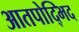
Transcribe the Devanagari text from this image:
आतपोद्भिद